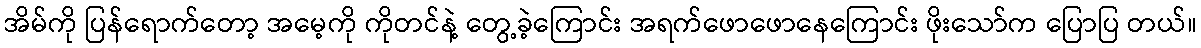
အိမ်ကို ပြန်ရောက်တော့ အမေ့ကို ကိုတင်နဲ့ တွေ့ခဲ့ကြောင်း အရက်ဖောဖောနေကြောင်း ဖိုးသော်က ပြောပြ တယ်။